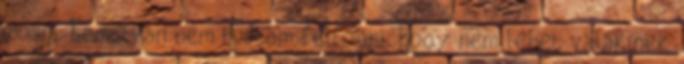
mosni. Komolyan nem tudtam felfogni, hogy nem lehet valakinek